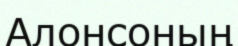
Алонсоның